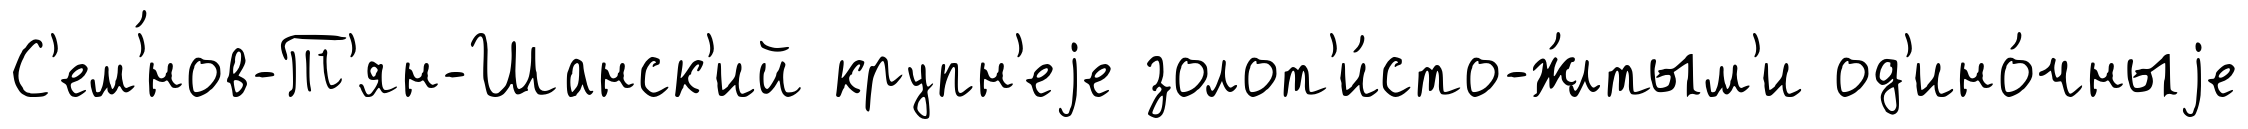
С'ем'́нов-Т'ян-Шанск'ий крупн'еjе золот'и́сто-ж́лтым'и од'ино́чныjе